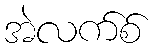
အဲလက်စ်